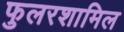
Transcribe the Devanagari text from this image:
फुलरशामिल